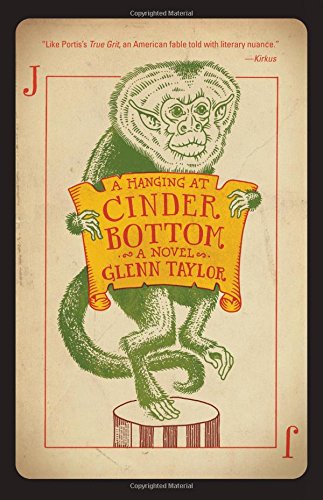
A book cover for A Hanging at Cinder Bottom: A Novel; Glenn Taylor; Literature & Fiction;